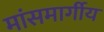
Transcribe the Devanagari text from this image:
मांसमार्गीय